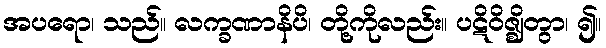
အပရော၊ သည်။ လက္ခဏာနိပိ၊ တို့ကိုလည်း။ ပဋိဝိဇ္ဈိတွာ၊ ၍။